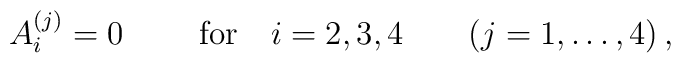
A^{(j)}_i=0\qquad   \hbox{ for} \quad i=2,3, 4\qquad(j=1,\dots,4 )\,  ,